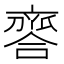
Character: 𠆗